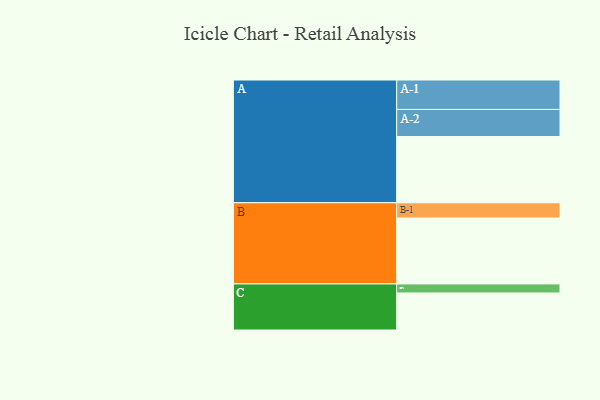
{"axis": {"x": "Segment", "y": "Value"}, "legend": ["", "A", "B", "C"], "data": [{"x": "A", "y": 594, "type": ""}, {"x": "B", "y": 591, "type": ""}, {"x": "C", "y": 332, "type": ""}, {"x": "A-1", "y": 264, "type": "A"}, {"x": "A-2", "y": 243, "type": "A"}, {"x": "B-1", "y": 137, "type": "B"}, {"x": "C-1", "y": 81, "type": "C"}]}